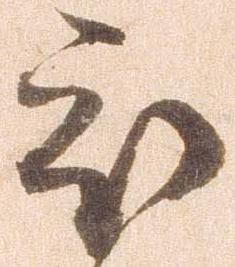
被